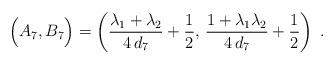
LaTeX: \begin{align*} \Big(A_7, B_7 \Big) = \left( \dfrac{\lambda_1+\lambda_2}{4 \, d_7}+\dfrac{1}{2}, \, \dfrac{1+\lambda_1 \lambda_2}{4 \, d_7}+\dfrac{1}{2} \right)\;.\end{align*}